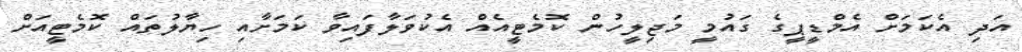
އަދި އެކަމަށް އެމްޑީޕީގެ ގައުމީ މަޖިލީހުން ކޮމެޓީއެއް އެކުވަލާފައިވާ ކަމަށާއި ހިޔާލުތައް ކޮމެޓީއަށް